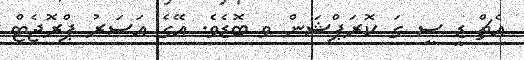
އެޗް ޑީ ސީ ގަ ކޮރަޕްޝަން ވ ބޮޑެވެ. އޭގެ އަސަރު ޕްރޮޖެޓް